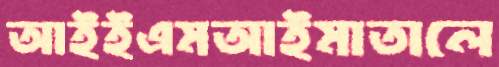
আইইএমআইমাতালে